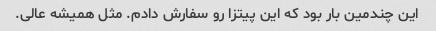
این چندمین بار بود که این پیتزا رو سفارش دادم. مثل همیشه عالی.